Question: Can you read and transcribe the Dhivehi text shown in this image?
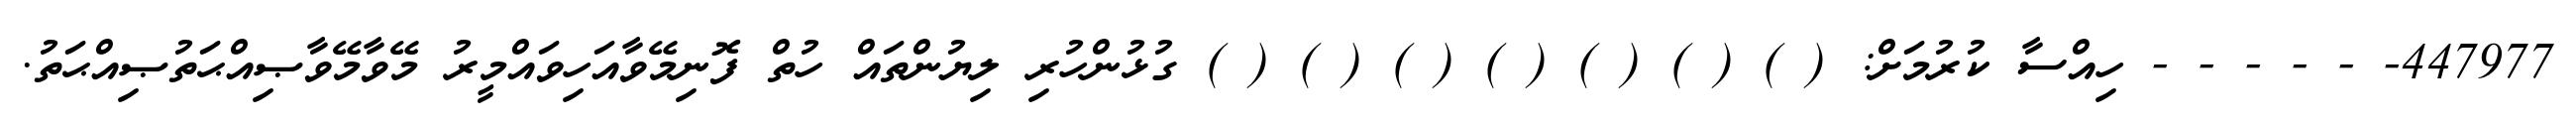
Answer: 447977- - - - - - ހިއްސާ ކުރުމަށް: ( ) ( ) ( ) ( ) ( ) ( ) ( ) ގުޅުންހުރި ލިޔުންތައް ހުތް ފޮނިމޭވާއަހިވައްމީރު މޭވާމޭވާޞިއްޙަތުޞިއްޙަތު.